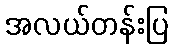
အလယ်တန်းပြ